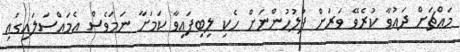
މައްޗަށް ދައުވާ ކުރެވޭ ވަރަށް ފުލުހުންނަށް ހެކި ލިބިފައިވާ ކަމަށާ ނަމަވެސް އެމައްސަލައިގައި